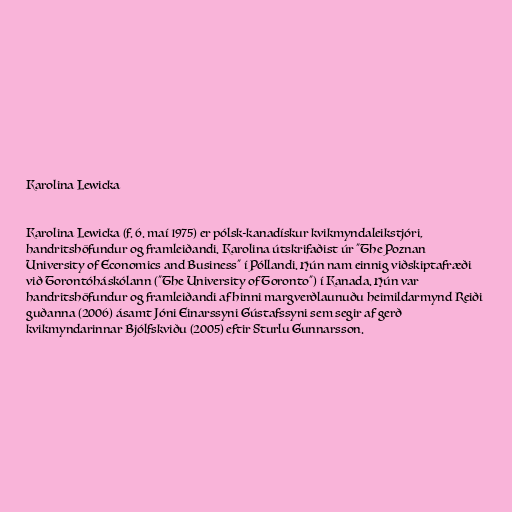
Karolina Lewicka

Karolina Lewicka (f. 6. maí 1975) er pólsk-kanadískur kvikmyndaleikstjóri,
handritshöfundur og framleiðandi. Karolina útskrifaðist úr "The Poznan
University of Economics and Business" í Póllandi. Hún nam einnig viðskiptafræði
við Torontóháskólann ("The University of Toronto") í Kanada. Hún var
handritshöfundur og framleiðandi af hinni margverðlaunuðu heimildarmynd Reiði
guðanna (2006) ásamt Jóni Einarssyni Gústafssyni sem segir af gerð
kvikmyndarinnar Bjólfskviðu (2005) eftir Sturlu Gunnarsson.